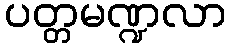
ပတ္တမဏ္ဍလာ